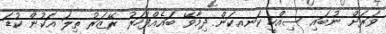
ވަރަށް ނުބައި ސިއްހީ ކަނއކަން ދިމާވޭ ބައެއްފަހަރު ރޭޒަރު ތިލަ އަކުން ކުޑަ